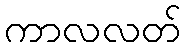
ကာလလတ်